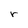
Character: r